Civil Veterinary Department Bihar & Orissa reports 1929-36 - 1929-1936
Year: 1929
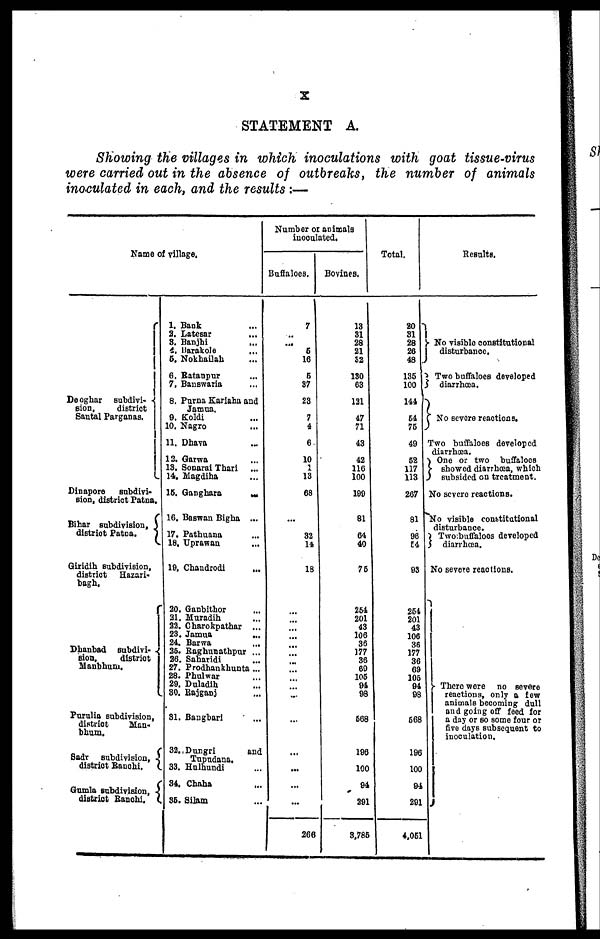
X
STATEMENT A.
Showing the villages in which inoculations with goat tissue-virus
were carried out in the absence of outbreaks, the number of animals
inoculated in each, and the results:—
Name of Tillage,
Deoghar subdivi-
sion,
district
Santal Parganas.
Dinapore
subdivi-
sion, district Patna.
Bihar subdivision,
district Patna.
Giridih subdivision,
district
Hazari-
bagh.
Dhanbad subdivi-
sion,
district
Manbhum.
Purulia subdivision,
district
Man-
bhum.
Sadr subdivision,
district Ranchi.
Gumla subdivision,
district Ranchi.
1. Bank ...
2. Latesar ...
3. Banjhi
...
4.
Barakole
...
5. Nokhailah ...
6.
Ratanpur
...
7. Banswaria ...
8. Purna Kariaha and
Jamua.
9. Koldi ...
10. Nagro ...
11. Dhava ...
12. Garwa ...
13. Sonarai Thari ...
14. Magdiha ...
15. Ganghara
...
16. Baswan Bigha ...
17. Pathuana ...
18. Uprawan ...
19. Chandrodi
...
20. Ganbitbor ...
21. Muradih ...
22. Charokpathar ...
28. Jamua
...
24. Barwa ...
25. Raghunathpur ...
26. Saharidi ...
27. Prodhankhunta ...
28. Phulwar ...
29. Duladih ...
30. Rajganj ...
31. Bangbari ...
32. Dungri
and
Tupudana.
33. Hulhundi ...
34. Chaha ...
35. Silam ...
Number or animals
inoculated.
Buffaloes.
7
...
... 5
16
6
87
23
7
4
6
10
1
13
68
...
32
14
18
...
...
... ...
...
...
...
...
...
... ...
...
...
...
...
...
266
Bovines.
13
31
28
21
52
130
63
121
47
71
43
42
116
100
199
81
64
40
75
254
201
43
106
36
177
36
69
105
94
98
568
196
100
94
291
3,785
Total.
20
31
28
26
48
135
100
144
54
75
49
52
117
113
267
81
96
54
93
254
201
43
106
36
177
36
69
106
94
98
568
196
100
94
291
4,051
Results.
No visible constitutional
disturbance.
Two buffaloes developed
diarrhoea.
No severe reactions.
Two buffaloes developed
diarrhœa.
One or two buffaloes
showed diarrhoea, which
subsided on treatment.
No severe reactions.
No visible constitutional
disturbance.
Two; buffaloes developed
diarrhœa.
No severe reactions.
There were no severe
reactions, only a few
animals becoming dull
and going off feed for
a day or so some four or
five days subsequent to
inoculation.